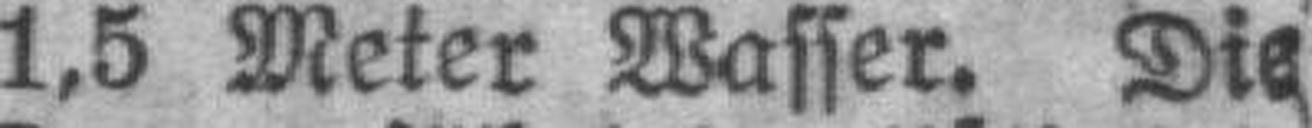
1,5 Meter Wasser. Die